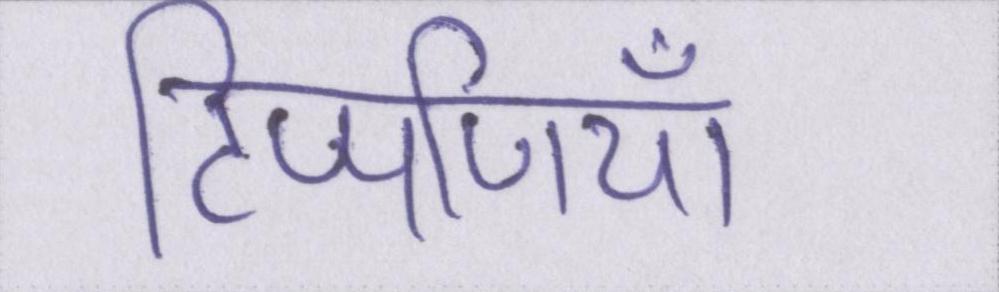
टिप्पणियाँ